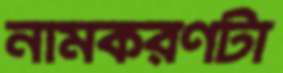
নামকরণটা